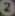
0